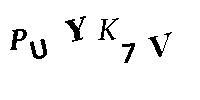
PUYK7V